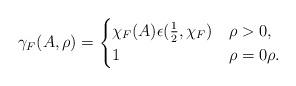
LaTeX: \begin{align*}\gamma_F(A,\rho) =\begin{cases} \chi_F(A)\epsilon(\frac{1}{2},\chi_F) &\rho > 0 , \\ 1 &\rho = 0 \rho .\end{cases} \end{align*}